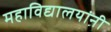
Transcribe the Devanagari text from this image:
महाविद्यालयांनी